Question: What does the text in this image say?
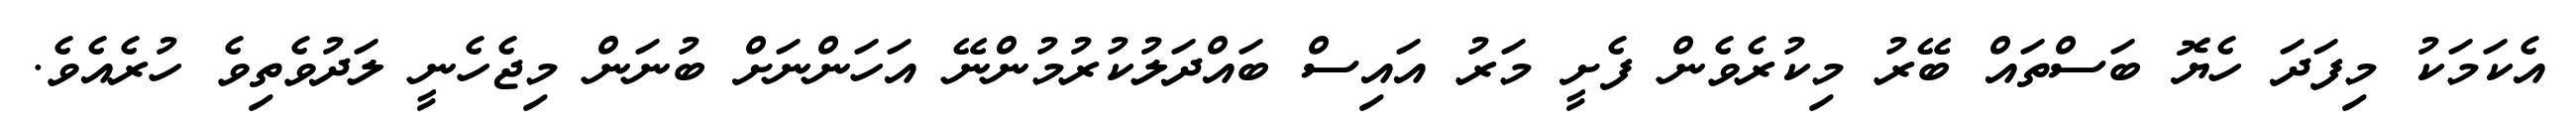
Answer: އެކަމަކު މިފަދަ ހެޔޮ ބަސްތައް ބޭރު މިކުރެވެން ފެށީ މަރު އައިސް ބައްދަލުކުރުމުންނޭ އަހަންނަށް ބުނަން މިޖެހެނީ ލަދުވެތިވެ ހުރެއެވެ.